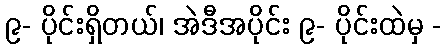
၉- ပိုင်းရှိတယ်၊ အဲဒီအပိုင်း ၉- ပိုင်းထဲမှ -